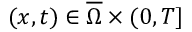
( x , t ) \in \overline { \Omega } \times ( 0 , T ]